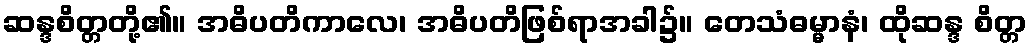
ဆန္ဒစိတ္တတို့၏။ အဓိပတိကာလေ၊ အဓိပတိဖြစ်ရာအခါ၌။ တေသံဓမ္မာနံ၊ ထိုဆန္ဒ စိတ္တ